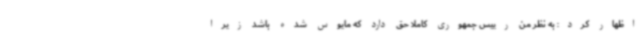
اظهار کرد: به نظر من رییس جمهوری کاملا حق دارد که مایوس شده باشد زیرا